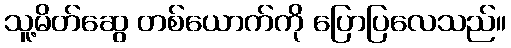
သူ့မိတ်ဆွေ တစ်ယောက်ကို ပြောပြလေသည်။